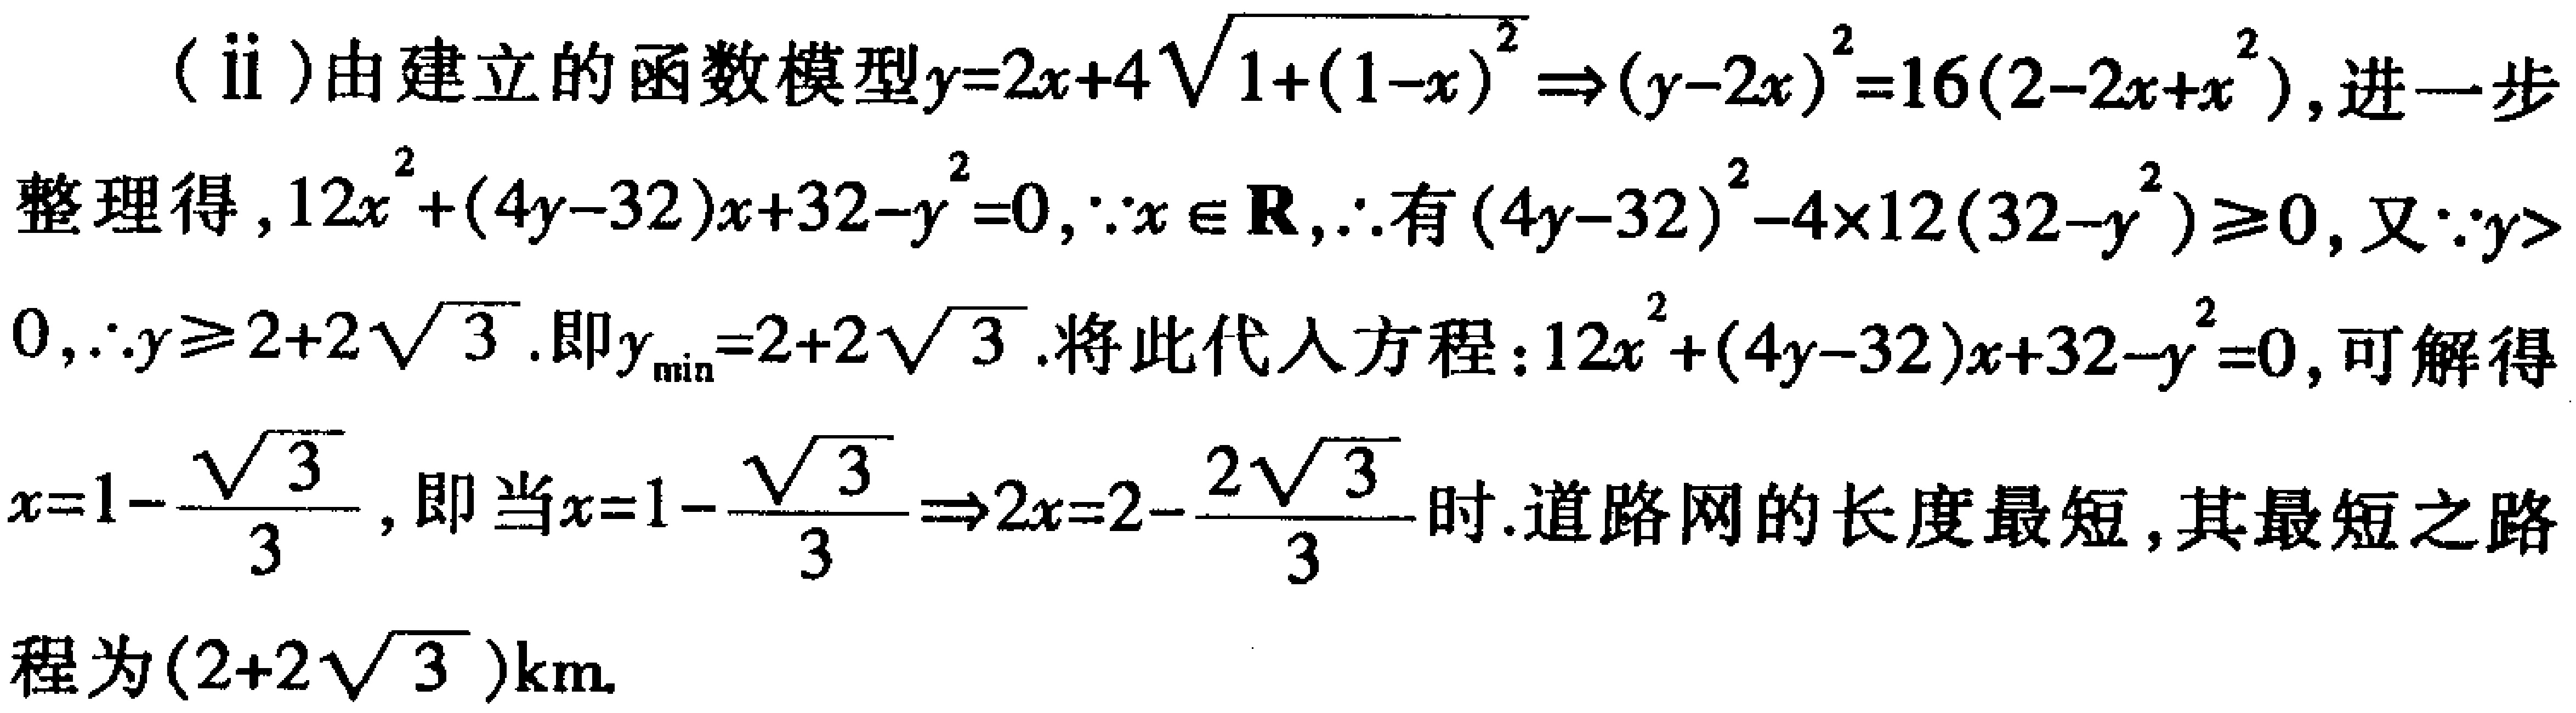
(ii)由建立的函数模型\(y = 2x + 4\sqrt{1+(1 - x)^2}\Rightarrow(y - 2x)^2 = 16(2 - 2x + x^2)\)，进一步
整理得，\(12x^{2}+(4y - 32)x + 32 - y^{2}=0\)，\(\because x\in\mathbf{R}\)，\(\therefore\)有\((4y - 32)^2-4\times12(32 - y^{2})\geq0\)，又\(\because y >
0\)，\(\therefore y\geq2 + 2\sqrt{3}\).即\(y_{\min}=2 + 2\sqrt{3}\).将此代入方程：\(12x^{2}+(4y - 32)x + 32 - y^{2}=0\)，可解得
\(x = 1-\frac{\sqrt{3}}{3}\)，即当\(x = 1-\frac{\sqrt{3}}{3}\Rightarrow2x = 2-\frac{2\sqrt{3}}{3}\)时.道路网的长度最短，其最短之路
程为\((2 + 2\sqrt{3})\text{km}\).